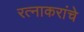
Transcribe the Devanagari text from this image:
रत्नाकरांचे